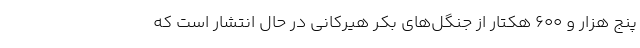
پنج‌ هزار و ۶۰۰ هکتار از جنگل‌های بکر هیرکانی در حال انتشار است که